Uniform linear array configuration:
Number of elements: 8
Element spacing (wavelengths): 0.25
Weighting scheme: exponential
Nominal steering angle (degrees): -45
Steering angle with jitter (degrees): -44.341
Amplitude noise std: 0.05
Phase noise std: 0.05

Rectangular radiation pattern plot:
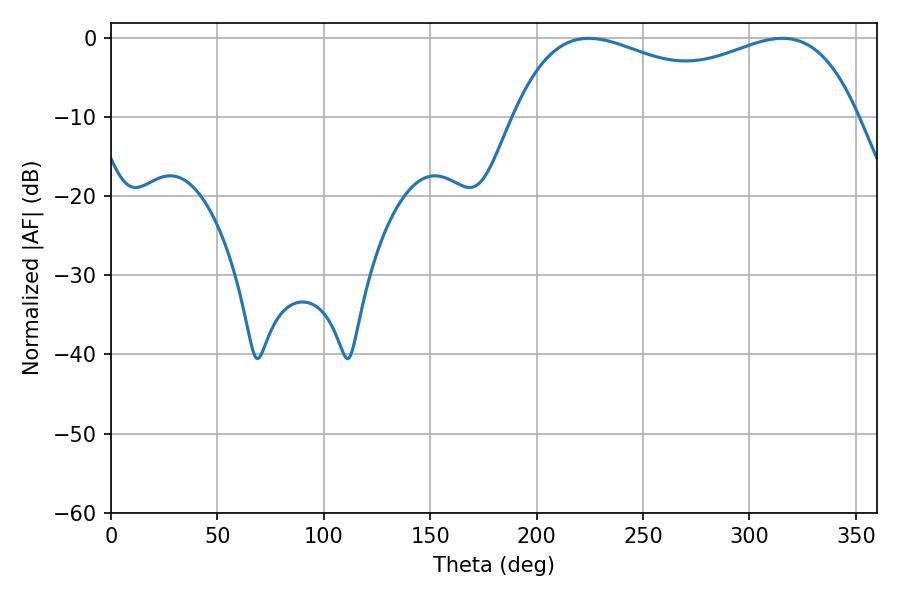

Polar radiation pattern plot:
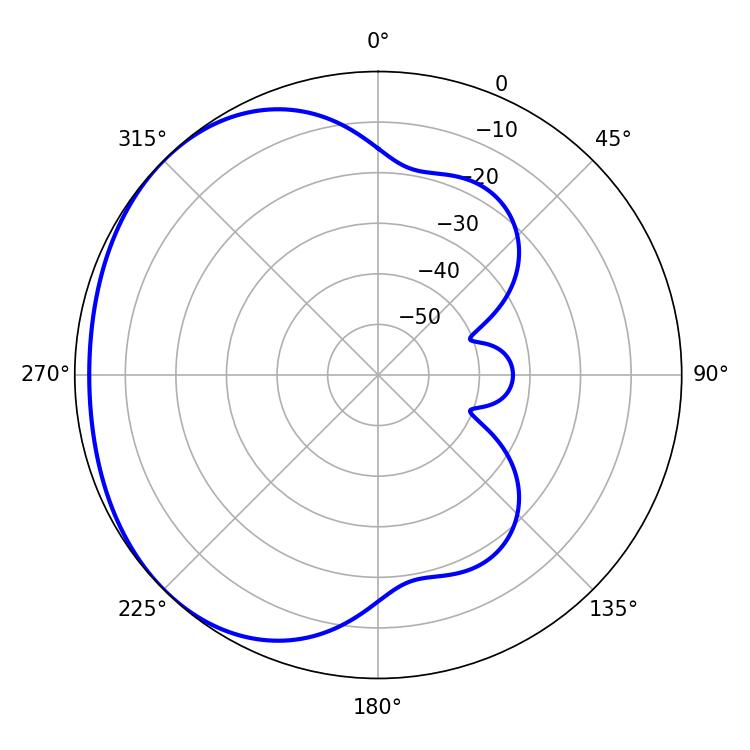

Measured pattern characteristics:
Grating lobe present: FALSE
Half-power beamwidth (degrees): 133.56
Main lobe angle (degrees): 224.46